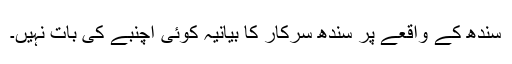
سندھ کے واقعے پر سندھ سرکار کا بیانیہ کوئی اچنبے کی بات نہیں۔